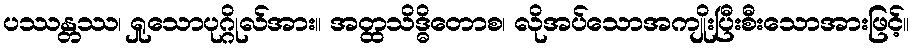
ပဿန္တဿ၊ ရှုသောပုဂ္ဂိုလ်အား။ အတ္ထသိဒ္ဓိတောစ၊ လိုအပ်သောအကျိုးပြီးစီးသောအားဖြင့်။